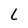
Character: L